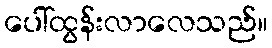
ပေါ်ထွန်းလာလေသည်။